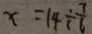
x = 1 4 \div \frac { 7 } { 6 }